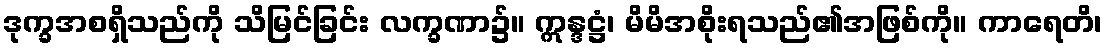
ဒုက္ခအစရှိသည်ကို သိမြင်ခြင်း လက္ခဏာ၌။ ဣန္ဒဋ္ဌံ၊ မိမိအစိုးရသည်၏အဖြစ်ကို။ ကာရေတိ၊